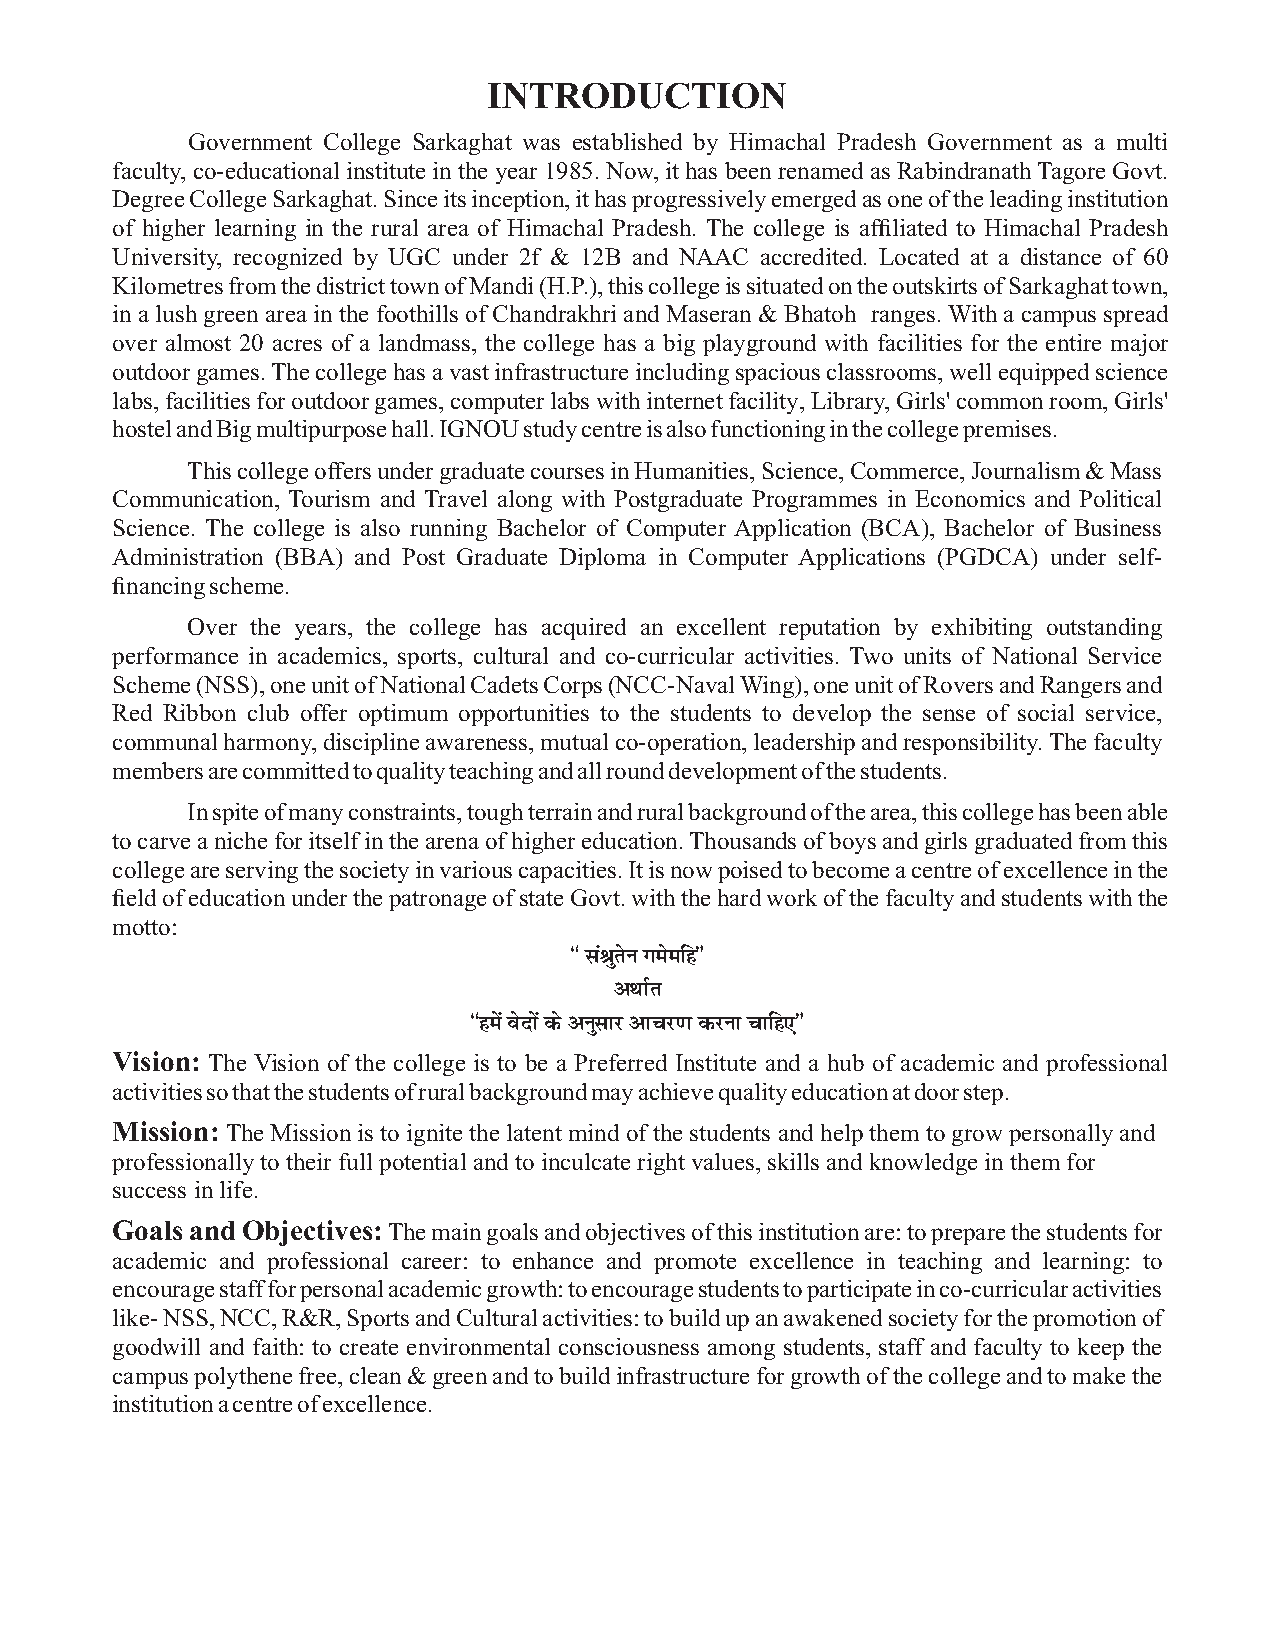
INTRODUCTION
 Government College Sarkaghat was established by Himachal Pradesh Government as a multi
 faculty, co-educational institute in the year 1985. Now, it has been renamed as Rabindranath Tagore Govt.
 Degree College Sarkaghat. Since its inception, it has progressively emerged as one of the leading institution
 of higher learning in the rural area of Himachal Pradesh. The college is affiliated to Himachal Pradesh
 University, recognized by UGC under 2f & 12B and NAAC accredited. Located at a distance of 60
 Kilometres from the district town of Mandi (H.P.), this college is situated on the outskirts of Sarkaghat town,
 in a lush green area in the foothills of Chandrakhri and Maseran & Bhatoh ranges. With a campus spread
 over almost 20 acres of a landmass, the college has a big playground with facilities for the entire major
 outdoor games. The college has a vast infrastructure including spacious classrooms, well equipped science
 labs, facilities for outdoor games, computer labs with internet facility, Library, Girls' common room, Girls'
 hostel and Big multipurpose hall. IGNOU study centre is also functioning in the college premises.
 This college offers under graduate courses in Humanities, Science, Commerce, Journalism & Mass
 Communication, Tourism and Travel along with Postgraduate Programmes in Economics and Political
 Science. The college is also running Bachelor of Computer Application (BCA), Bachelor of Business
 Administration (BBA) and Post Graduate Diploma in Computer Applications (PGDCA) under self-
 financing scheme.
 Over the years, the college has acquired an excellent reputation by exhibiting outstanding
 performance in academics, sports, cultural and co-curricular activities. Two units of National Service
 Scheme (NSS), one unit of National Cadets Corps (NCC-Naval Wing), one unit of Rovers and Rangers and
 Red Ribbon club offer optimum opportunities to the students to develop the sense of social service,
 communal harmony, discipline awareness, mutual co-operation, leadership and responsibility. The faculty
 members are committed to quality teaching and all round development of the students.
 In spite of many constraints, tough terrain and rural background of the area, this college has been able
 to carve a niche for itself in the arena of higher education. Thousands of boys and girls graduated from this
 college are serving the society in various capacities. It is now poised to become a centre of excellence in the
 field of education under the patronage of state Govt. with the hard work of the faculty and students with the
 motto:
 ß laJqrsu xesefgÞ
 vFkkZr
 ßgesa osnksa ds vuqlkj vkpj.k djuk pkfg,Þ
 Vision: The Vision of the college is to be a Preferred Institute and a hub of academic and professional
 activities so that the students of rural background may achieve quality education at door step.
 Mission: The Mission is to ignite the latent mind of the students and help them to grow personally and
 professionally to their full potential and to inculcate right values, skills and knowledge in them for
 success in life.
 Goals and Objectives: The main goals and objectives of this institution are: to prepare the students for
 academic and professional career: to enhance and promote excellence in teaching and learning: to
 encourage staff for personal academic growth: to encourage students to participate in co-curricular activities
 like- NSS, NCC, R&R, Sports and Cultural activities: to build up an awakened society for the promotion of
 goodwill and faith: to create environmental consciousness among students, staff and faculty to keep the
 campus polythene free, clean & green and to build infrastructure for growth of the college and to make the
 institution a centre of excellence.